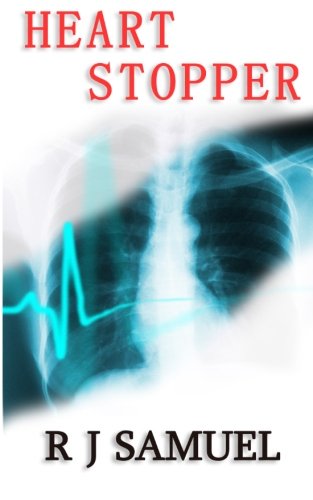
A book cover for Heart Stopper; R J Samuel; Gay & Lesbian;